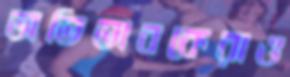
অভিভাবকেরাও